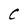
Character: C